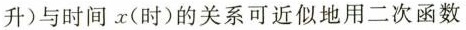
升)与时间x(时)的关系可近似地用二次函数